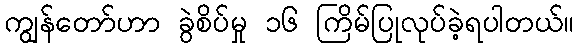
ကျွန်တော်ဟာ ခွဲစိပ်မှု ၁၆ ကြိမ်ပြုလုပ်ခဲ့ရပါတယ်။